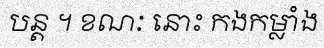
បន្ត ។ ខណៈ នោះ កងកម្លាំង